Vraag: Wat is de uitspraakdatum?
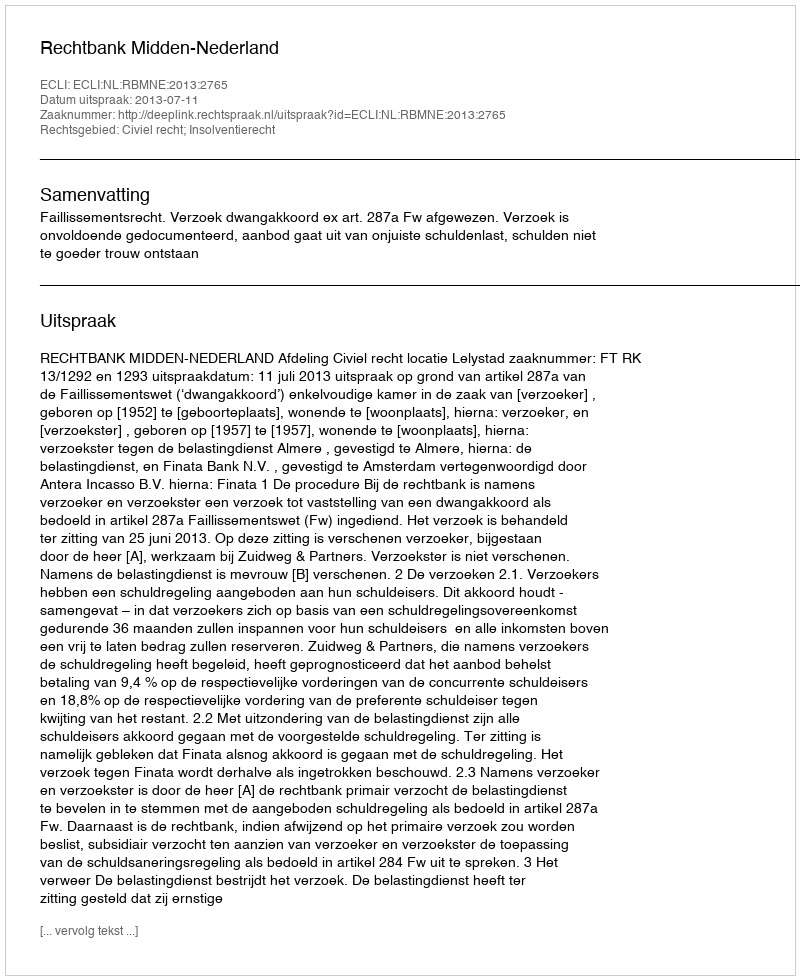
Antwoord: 2013-07-11